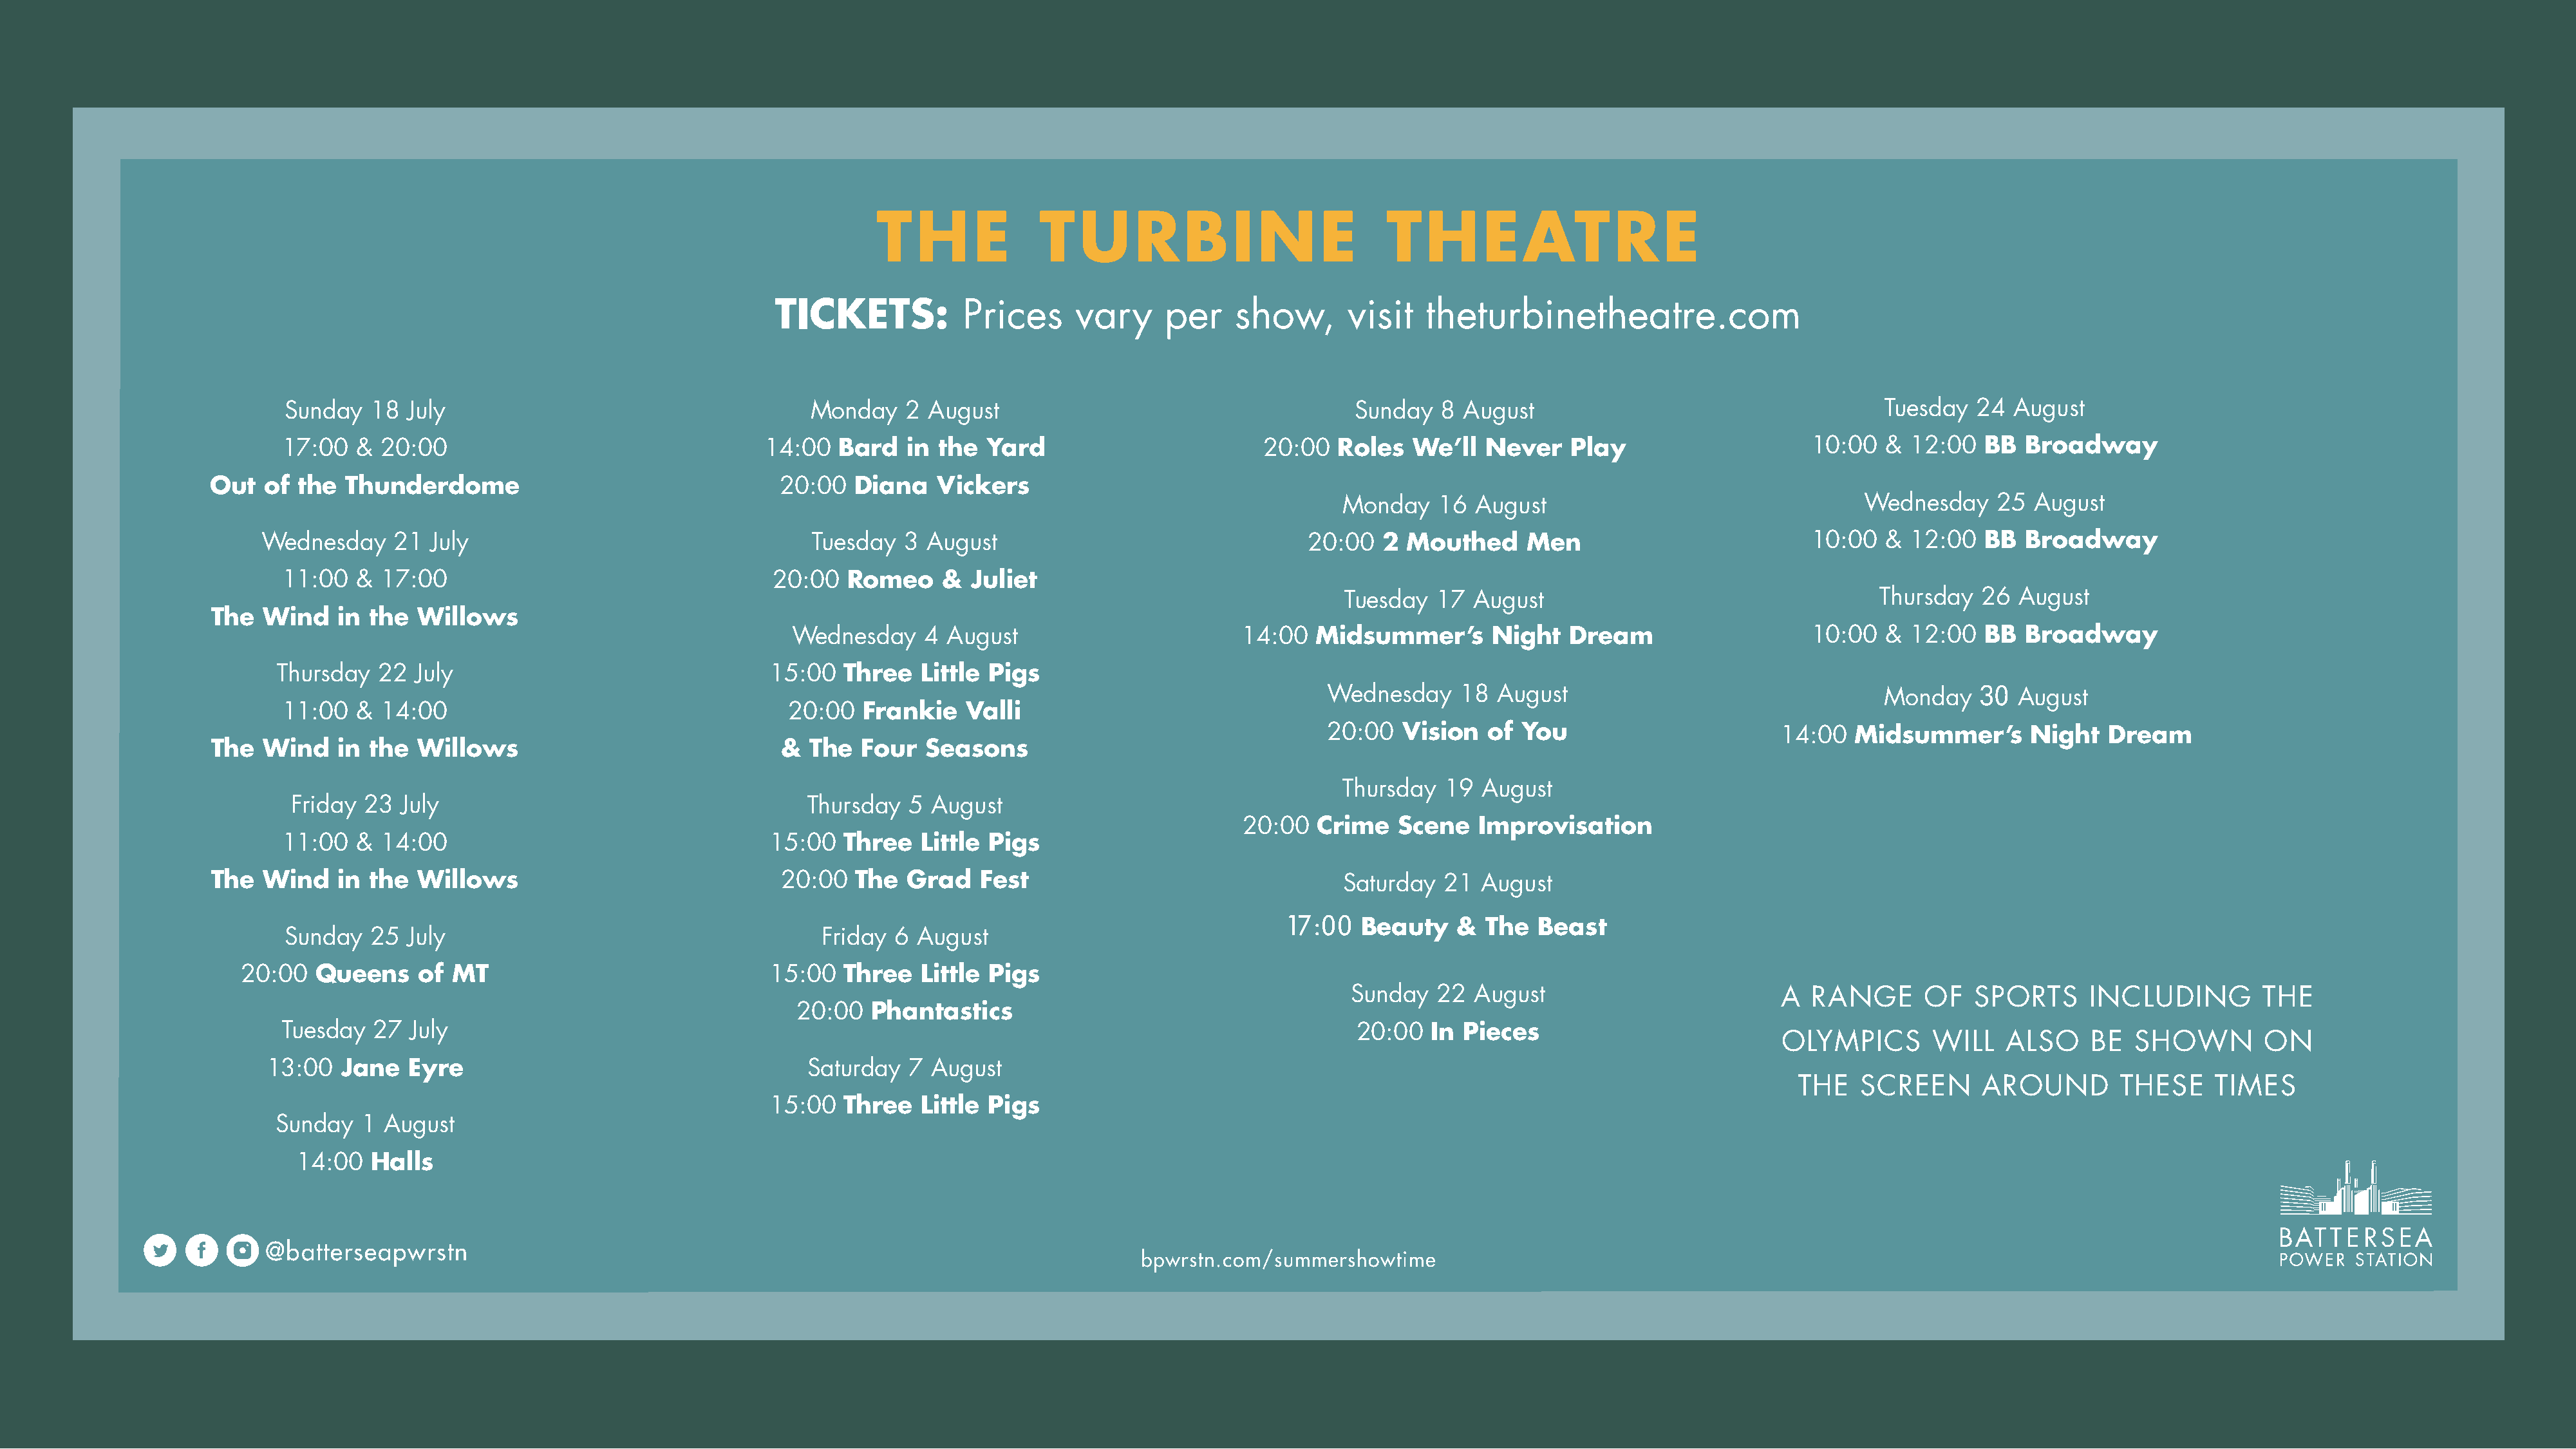
THE              TURBINE                             THEATRE
 TICKETS:           Prices      vary     per    show,       visit   theturbinetheatre.com
 Sunday   18  July                                     Monday    2 August                                      Sunday   8 August                                      Tuesday  24  August
 17:00   & 20:00                                   14:00  Bard   in the  Yard                         20:00   Roles  We’ll   Never   Play                     10:00   & 12:00   BB  Broadway
 Out  of  the  Thunderdome                                 20:00   Diana   Vickers
 Monday    16  August                                  Wednesday     25 August
 Wednesday    21  July                                   Tuesday   3 August                                 20:00   2  Mouthed     Men                          10:00   & 12:00   BB  Broadway
 11:00   & 17:00                                   20:00   Romeo     &  Juliet
 Tuesday   17  August                                   Thursday   26 August
 The  Wind    in the  Willows
 Wednesday     4 August                         14:00  Midsummer’s        Night   Dream                   10:00   & 12:00   BB  Broadway
 Thursday   22  July                                15:00   Three   Little Pigs
 Wednesday     18  August                                  Monday    30 August
 11:00   & 14:00                                     20:00   Frankie   Valli
 20:00   Vision   of You                        14:00   Midsummer’s       Night   Dream
 The  Wind    in the  Willows                              &  The   Four  Seasons
 Thursday  19  August
 Friday 23  July                                      Thursday  5  August
 20:00  Crime    Scene   Improvisation
 11:00   & 14:00                                   15:00   Three   Little Pigs
 The  Wind    in the  Willows                              20:00   The  Grad    Fest                                 Saturday  21  August
 17:00
 Beauty    &  The  Beast
 Sunday   25  July                                      Friday  6 August
 20:00  Queens     of  MT                              15:00   Three   Little Pigs
 Sunday   22  August                         A  RANGE       OF   SPORTS      INCLUDING         THE
 20:00   Phantastics
 Tuesday  27  July                                                                                             20:00   In Pieces
 OLYMPICS        WILL   ALSO     BE  SHOWN         ON
 13:00   Jane   Eyre                                     Saturday  7  August
 THE   SCREEN       AROUND        THESE     TIMES
 15:00   Three   Little Pigs
 Sunday   1 August
 14:00   Halls
 @batterseapwrstn
 bpwrstn.com/summershowtime